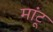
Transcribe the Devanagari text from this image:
मांटू